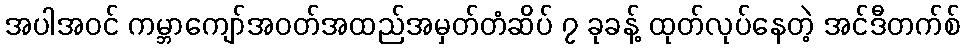
အပါအဝင် ကမ္ဘာကျော်အဝတ်အထည်အမှတ်တံဆိပ် ၇ ခုခန့် ထုတ်လုပ်နေတဲ့ အင်ဒီတက်စ်